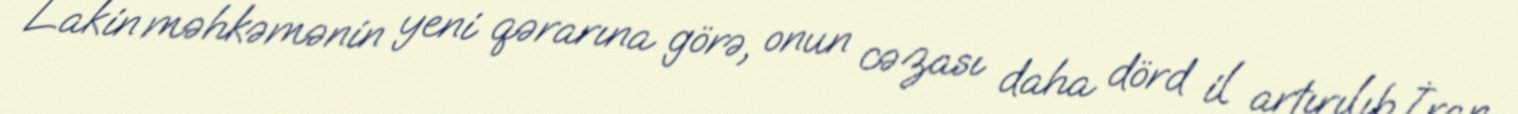
Lakin məhkəmənin yeni qərarına görə, onun cəzası daha dörd il artırılıb.İran